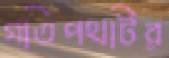
গতিপথটির